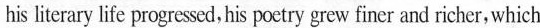
his literary life progressed, his poetry grew finer and richer，which